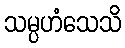
သမ္ပဟံသေသိ